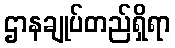
ဌာနချုပ်တည်ရှိရာ